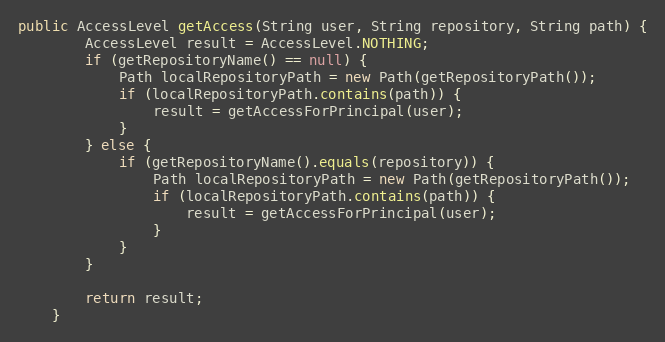
Language: Java
public AccessLevel getAccess(String user, String repository, String path) {
        AccessLevel result = AccessLevel.NOTHING;
        if (getRepositoryName() == null) {
            Path localRepositoryPath = new Path(getRepositoryPath());
            if (localRepositoryPath.contains(path)) {
                result = getAccessForPrincipal(user);
            }
        } else {
            if (getRepositoryName().equals(repository)) {
                Path localRepositoryPath = new Path(getRepositoryPath());
                if (localRepositoryPath.contains(path)) {
                    result = getAccessForPrincipal(user);
                }
            }
        }

        return result;
    }